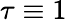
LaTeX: \tau\equiv 1